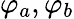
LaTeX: \varphi_{a},\varphi_{b}